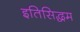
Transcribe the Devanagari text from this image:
इतिसिद्धम